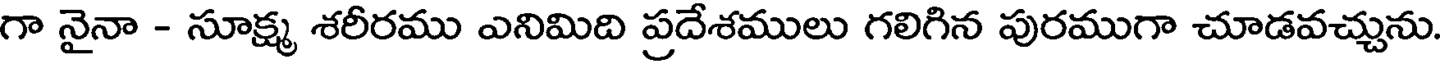
గా నైనా - సూక్ష్మ శరీరము ఎనిమిది ప్రదేశములు గలిగిన పురముగా చూడవచ్చును.